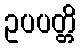
ဥပပတ္တိ